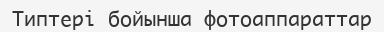
Типтері бойынша фотоаппараттар